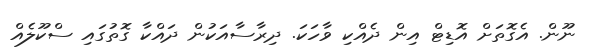
ނޫން. އެގޮތަށް އޮޑިޓް އިން ދެއްކި ވާހަކަ. ދިރާސާއަކުން ދައްކާ ގޮތުގައި ސްކޫލެއް